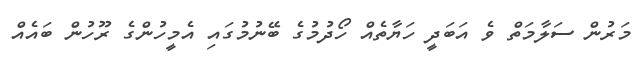
މަރުން ސަލާމަތް ވެ އަބަދީ ހަޔާތެއް ހޯދުމުގެ ބޭނުމުގައި އެމީހުންގެ ރޫހުން ބައެއް